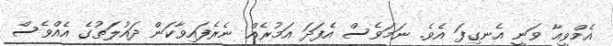
އެމްވީއާ ވަނީ އެނގިފަ އެވެ. ނަމަވެސް އެފަދަ އަމުރެއް ނެރެފައިވާކަން ދައުލަތުގެ އެއްވެސް